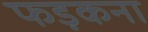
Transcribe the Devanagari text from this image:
फड़कना